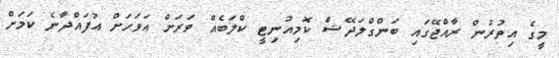
މީގެ އިތުރުން ރާއްޖޭގައި ބަންގްލަދޭޝް ކޮމިއުނިޓީ ކްލަބެއް ވަރަށް އަވަހަށް އުފައްދާނެ ކަަމަށް